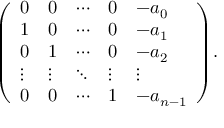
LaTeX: { \left( \begin{array} { l l l l l } { 0 } & { 0 } & { \cdots } & { 0 } & { - a _ { 0 } } \\ { 1 } & { 0 } & { \cdots } & { 0 } & { - a _ { 1 } } \\ { 0 } & { 1 } & { \cdots } & { 0 } & { - a _ { 2 } } \\ { \vdots } & { \vdots } & { \ddots } & { \vdots } & { \vdots } \\ { 0 } & { 0 } & { \cdots } & { 1 } & { - a _ { n - 1 } } \end{array} \right) } .